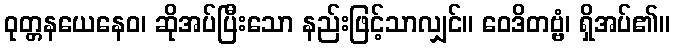
ဝုတ္တနယေနေဝ၊ ဆိုအပ်ပြီးသော နည်းဖြင့်သာလျှင်။ ဝေဒိတဗ္ဗံ၊ ရှိအပ်၏။